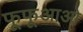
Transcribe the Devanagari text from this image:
फूफूआओ